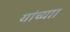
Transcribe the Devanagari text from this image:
यांच्याा